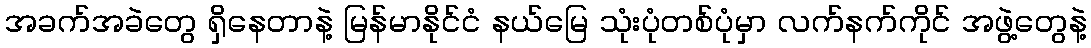
အခက်အခဲတွေ ရှိနေတာနဲ့ မြန်မာနိုင်ငံ နယ်မြေ သုံးပုံတစ်ပုံမှာ လက်နက်ကိုင် အဖွဲ့တွေနဲ့